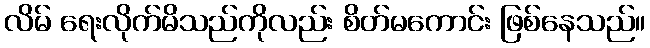
လိမ် ရေးလိုက်မိသည်ကိုလည်း စိတ်မကောင်း ဖြစ်နေသည်။